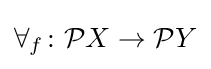
\forall _{f}\colon {\mathcal {P}}X\to {\mathcal {P}}Y